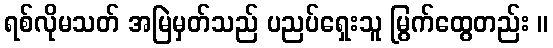
ရစ်လိုမသတ် အမြဲမှတ်သည် ပညပ်ရှေးသူ မြွက်ထွေတည်း ။